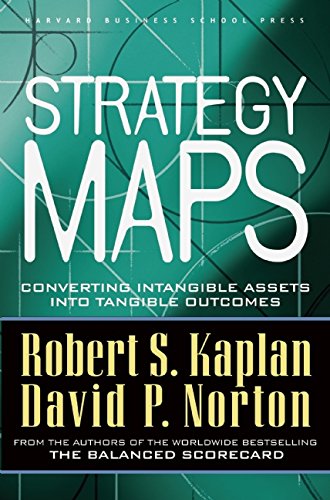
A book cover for Strategy Maps: Converting Intangible Assets into Tangible Outcomes; Robert S. Kaplan; Business & Money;